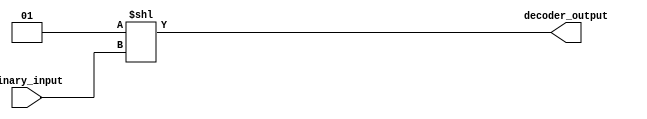
module binary_decoder #(parameter N = 3)(
    input [N-1:0] binary_input,
    output [2**N-1:0] decoder_output
);

assign decoder_output = (1 << binary_input);

endmodule